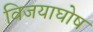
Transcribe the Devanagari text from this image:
विजयाघोष